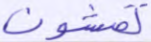
تمشون